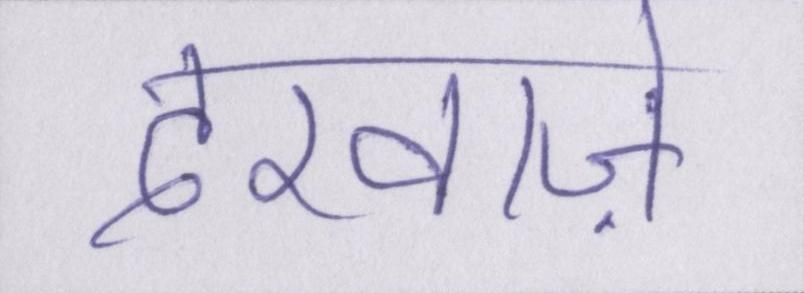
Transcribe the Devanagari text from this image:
दरवाज़े